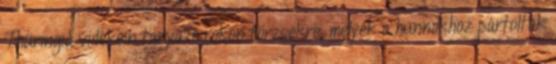
Thüringia vidékein tanyázó rokon törzsekre, melyek a hunnokhoz pártoltak